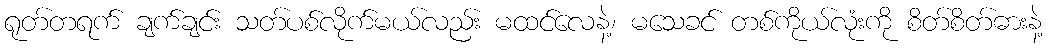
ရုတ်တရက် ချက်ချင်း သတ်ပစ်လိုက်မယ်လည်း မထင်လေနဲ့၊ မသေခင် တစ်ကိုယ်လုံးကို စိတ်စိတ်ဓားနဲ့